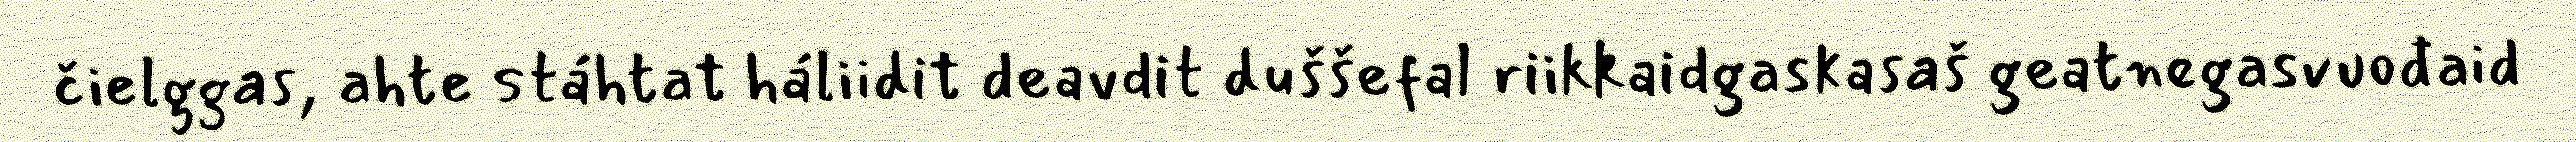
čielggas, ahte stáhtat háliidit deavdit duššefal riikkaidgaskasaš geatnegasvuođaid